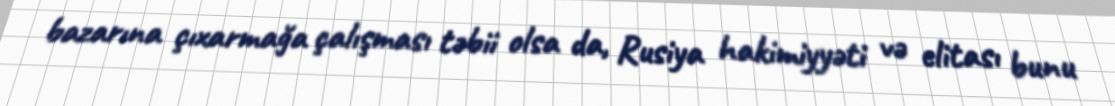
bazarına çıxarmağa çalışması təbii olsa da, Rusiya hakimiyyəti və elitası bunu